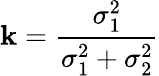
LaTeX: \mathbf{k}=\frac{{\sigma_{1}^{2}}}{{\sigma_{1}^{2}+\sigma_{2}^{2}}}